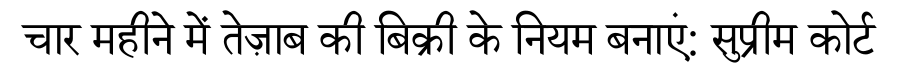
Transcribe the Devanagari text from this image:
चार महीने में तेज़ाब की बिक्री के नियम बनाएं: सुप्रीम कोर्ट